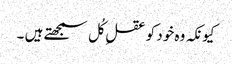
کیونکہ وہ خود کو عقلِ کُل سمجھتے ہیں ۔